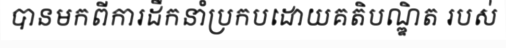
បានមកពីការដឹកនាំប្រកបដោយគតិបណ្ឌិត របស់